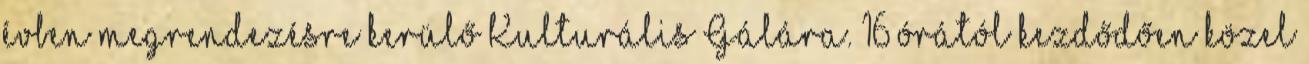
évben megrendezésre kerülő Kulturális Gálára. 16 órától kezdődően közel